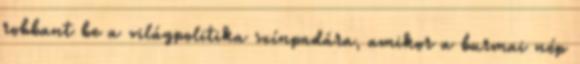
robbant be a világpolitika színpadára, amikor a burmai nép